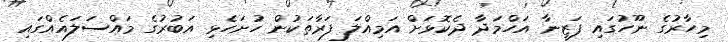
މިހާރުގެ ނޫހުގައި ފަޒީނާ އަހްމަދާ ދެކޮޅަށް އަމިއްލަ ފަރާތަކުން ހުށަހެޅި އަބުރުގެ މައްސަލައެއްގައި